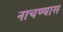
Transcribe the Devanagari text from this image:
नाचण्यास